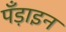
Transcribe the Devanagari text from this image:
पँड़ाइन